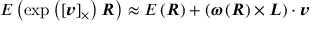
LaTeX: E \left( \exp \left( \left[ { \boldsymbol { v } } \right] _ { \times } \right) { \boldsymbol { R } } \right) \approx E \left( { \boldsymbol { R } } \right) + \left( { \boldsymbol { \omega } } \left( { \boldsymbol { R } } \right) \times { \boldsymbol { L } } \right) \cdot { \boldsymbol { v } }